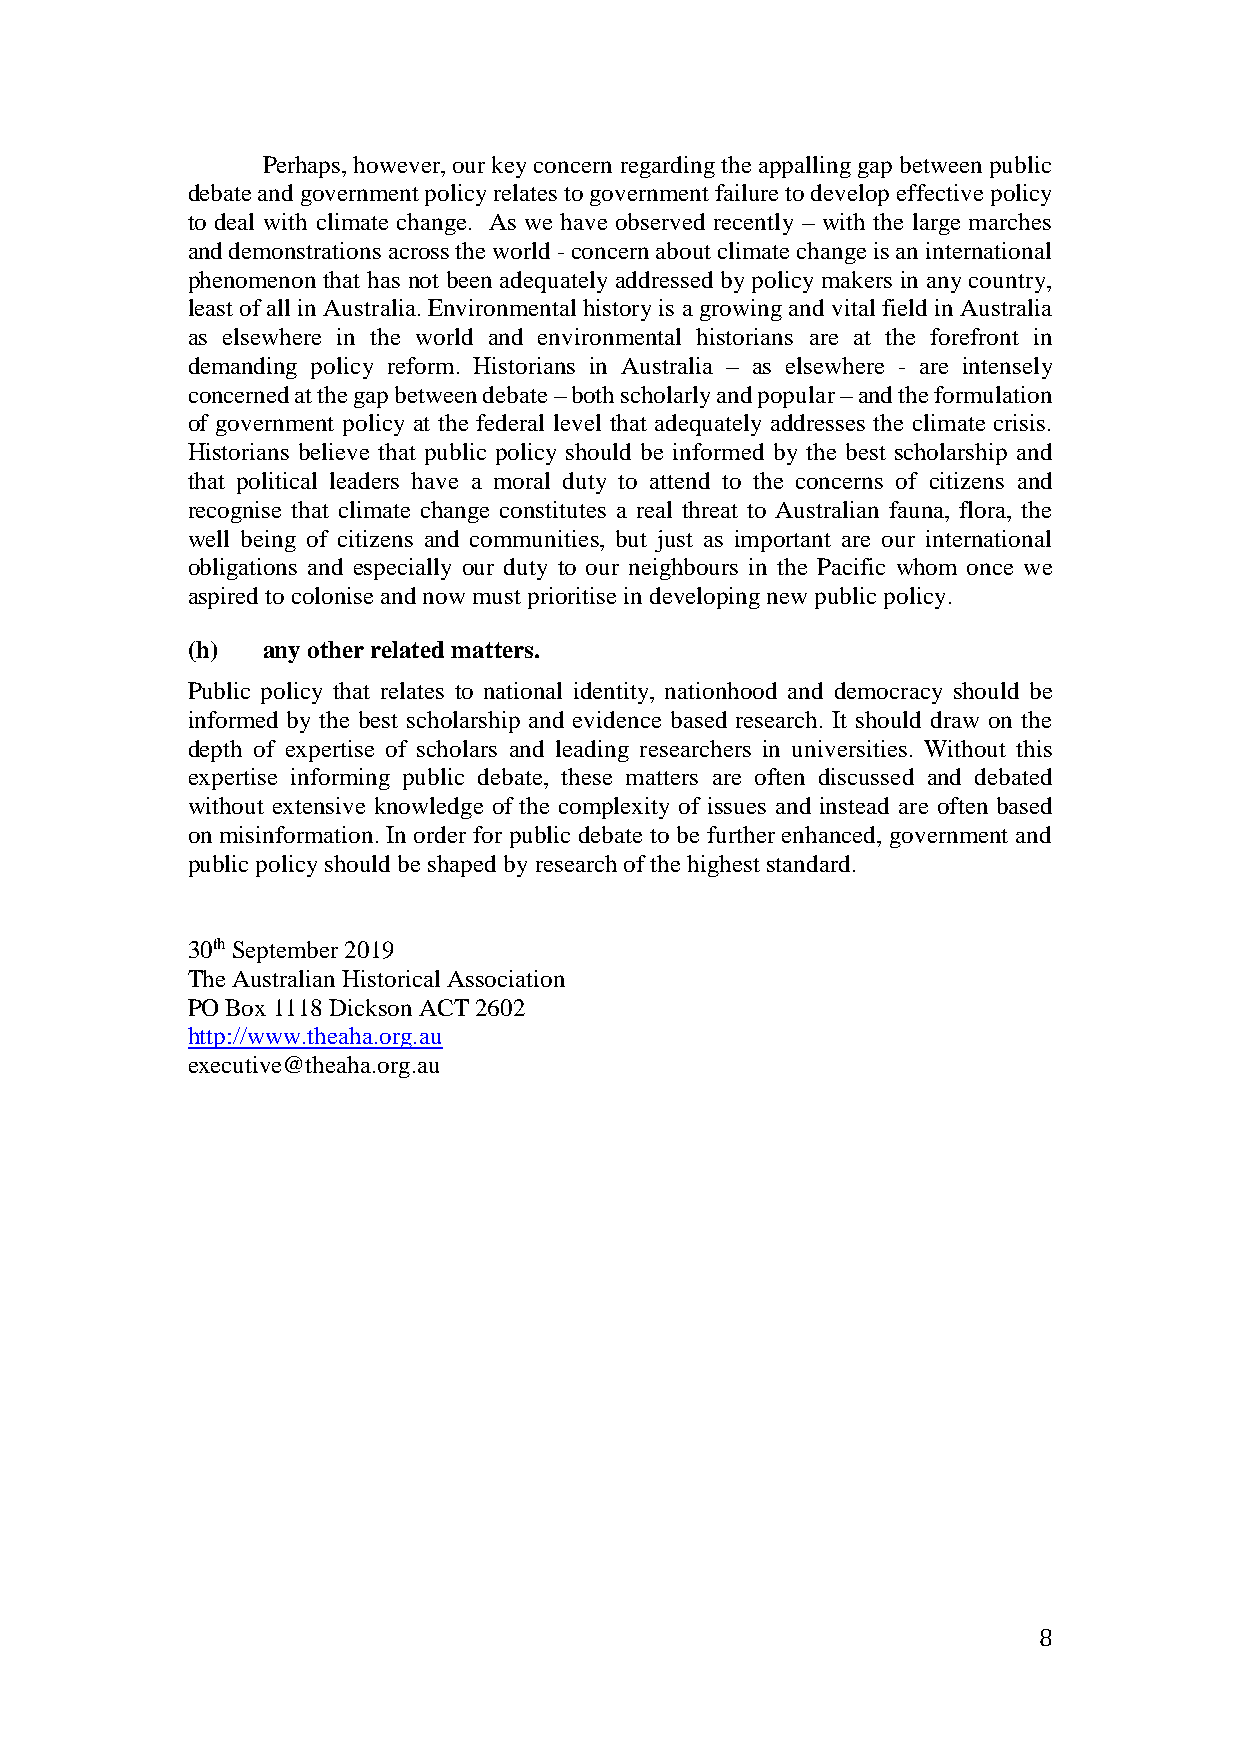
Perhaps, however, our key concern regarding the appalling gap between public
 debate and government policy relates to government failure to develop effective policy
 to deal with climate change. As we have observed recently – with the large marches
 and demonstrations across the world - concern about climate change is an international
 phenomenon that has not been adequately addressed by policy makers in any country,
 least of all in Australia. Environmental history is a growing and vital field in Australia
 as elsewhere in the world and environmental historians are at the forefront in
 demanding policy reform. Historians in Australia – as elsewhere - are intensely
 concerned at the gap between debate – both scholarly and popular – and the formulation
 of government policy at the federal level that adequately addresses the climate crisis.
 Historians believe that public policy should be informed by the best scholarship and
 that political leaders have a moral duty to attend to the concerns of citizens and
 recognise that climate change constitutes a real threat to Australian fauna, flora, the
 well being of citizens and communities, but just as important are our international
 obligations and especially our duty to our neighbours in the Pacific whom once we
 aspired to colonise and now must prioritise in developing new public policy.
 (h)  any other related matters.
 Public policy that relates to national identity, nationhood and democracy should be
 informed by the best scholarship and evidence based research. It should draw on the
 depth of expertise of scholars and leading researchers in universities. Without this
 expertise informing public debate, these matters are often discussed and debated
 without extensive knowledge of the complexity of issues and instead are often based
 on misinformation. In order for public debate to be further enhanced, government and
 public policy should be shaped by research of the highest standard.
 30th September 2019
 The Australian Historical Association
 PO Box 1118 Dickson ACT 2602
 http://www.theaha.org.au
 executive@theaha.org.au
 8